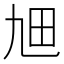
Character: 𤰙